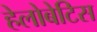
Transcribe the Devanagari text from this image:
हेलोबेटिस